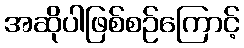
အဆိုပါဖြစ်စဉ်ကြောင့်